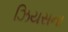
ઝિયસના